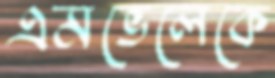
এমভেলেকে